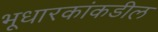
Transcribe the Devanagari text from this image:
भूधारकांकडील